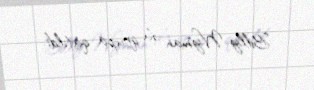
Billy Wyman da qrupa qatıldı.